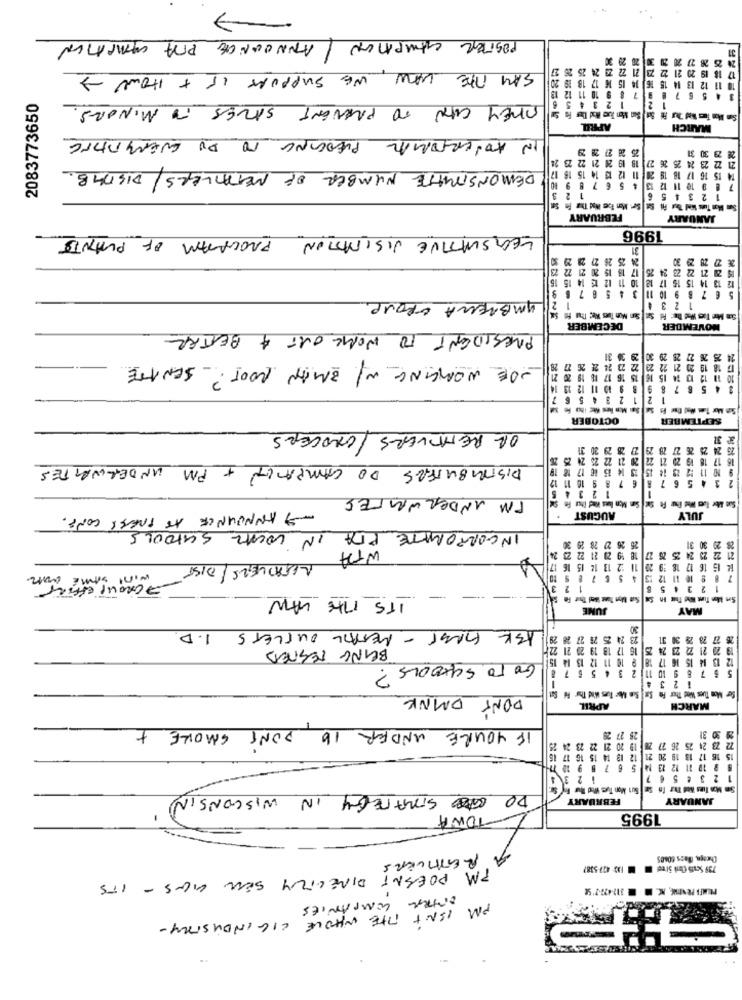
7
POSTER SAMPAION / ANNOUNCE PRA CAMPAIGN
31
20 3
7 26 27 20
24 25 25
21 22 23
SAY THE LAW, WE SUPPORT IS + HOW ->
15 16 17 18 19
15 16
7 8 9 10 11 12 1
12 13
1 2 3 4
4 5
2083773650
THEY CAN TO PREVENT SAVES TO MINORS.
1
====
APRIL
MARCH
IN ADVERTORIAL PLEDGING TO DO QUERIDAITE
25 28 27 28 29
21 22 23 24 25 26 27 18 19 24 21 22 2
DEMONSTRATIE NUMBER OF RETAILERS/ DISTRIB.
13 14 15 16 17
18 20 11 12
67 8
11
2
6
5
1 2 3
Se Me he Had The Pa Sal
FEBRUARY
JANUARY
LEGISLATIVE VISITATION PROGRAM OF PLANTS
1996
31
25 26 27 28 29
21 72
18 15 20
17 1
10 11 12 13 14 15 16
12 13 14 15 15 17 18 10 11
7
5
5 6 7 8 9 10 11
4
UMBRELLA GROUP
1 234
DECEMBER
NOVEMBER
PRESIDENT TO WORK OUT A BETTER
14 25 26 27 28 29 30 29 36 31
JOE WORKING W/ BMAN ROOT? SENATE
6 27 28
22 23 22 23 24 24
21 22
18 19 20 21
16 15 16 17 18 19 20 2
15
12
10
4 5 6 7 8 9 8 9 10 11 12 13
1 2 1 2 3 4 5 6
OCTOBER
SEPTEMBER
OR REMOVERS / GROCERS
32
25 26 27 28 29 27 28 29 20 31
16 17 18 19 20 21 22 20 21 22 25 24 25 26
DISTRIBUTERES DO CAMPAIGN + PM UNDERNANTES
0 11 12 29 18 15 23 14 15 88 17 18
6 7 8 9 10 11 1
IM INDERWRITES
- ANNOUNCE AT PRESS CONF.
AUGUST
JULY
INCORPORATE PIDA IN LOCAL SCHOOLS
25 26 27 28 25 30
20 30 31
18 19 20 21 22 23 2
28
21 22 23 24 25 25
27
WTA RETAILERS / DIST
11 32 13 12 15 16
20
14 15 16 17 18 192
wint SAME dan
4 5
10 11 12 13
GROUP EFFORT
---
1 2
23 4 5
ITS THE LAW
-
JUNE
MAY
30
ASK FIRST - RETAIL OUTLETS I.D.
23 24 25 26 27 28 29
26 27 28 29 30 31
BEING TESTED
16 17 18 19 20 21
19 20 21 22 23 24 2
12 13 14 15 16 17 18 9 10 11 12 13 14
GO TO SCHOOLS?
5 9 10 11 2 3 4 5 6 7 8
5 6 7
1234
DMNK
DON'T
Ser Mon Tues We Ther Fn St Sus Mee Tues Wind Thur Mi Set
APRIL
MARCH
IF YOU'RE UNDER 16 DONT SMOKE +
26 27 28
29 30 31
19 20 21 22 23 24 25
2 23 24 25 26 27
15 16 17 13 19 20 21 12 13 14 15 16 17 16
8 9 10 11 12 13 14 5 6 7 8 9 18 77-
34
1 2
1 2 3 4 5 6 7
DO STRATEGY IN WISCONSIN
FEBRUARY
JANUARY
TOWA
1995
Cheaga, Dass 60685
A RETTIVERS
133- 47-5387
PM DOESNT DIRECTLY SELL GIGS - ITS
ENTRAL COMPANIES
PM ISN'T THE WHOLE LIGINDUSTRY-